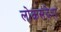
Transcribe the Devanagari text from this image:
लोकसंदेश